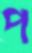
প